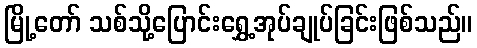
မြို့တော် သစ်သို့ပြောင်းရွှေ့အုပ်ချုပ်ခြင်းဖြစ်သည်။